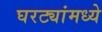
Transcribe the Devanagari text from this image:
घरट्यांमध्ये